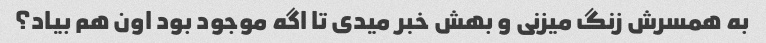
به همسرش زنگ میزنی و بهش خبر میدی تا اگه موجود بود اون هم بیاد؟